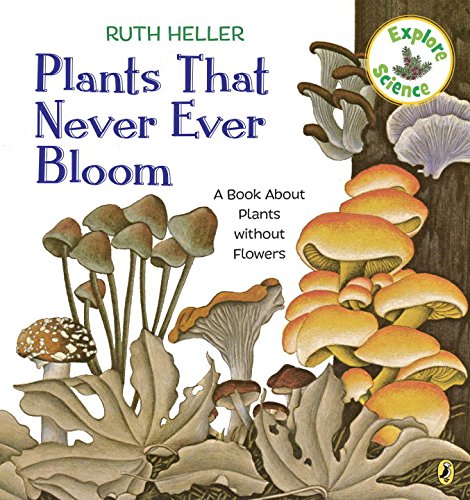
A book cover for Plants That Never Ever Bloom (Explore!); Ruth Heller; Children's Books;